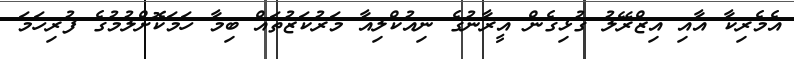
އެމެރިކާ އާއި އިޒްރޭލު ގުޅިގެން އީރާނުގެ ނިއުކްލިއާ މަރުކަޒުތައް ބިމާ ހަމަކޮށްލުމުގެ ފުރިހަމަ